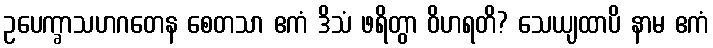
ဥပေက္ခာသဟဂတေန စေတသာ ဧကံ ဒိသံ ဖရိတွာ ဝိဟရတိ? သေယျထာပိ နာမ ဧကံ